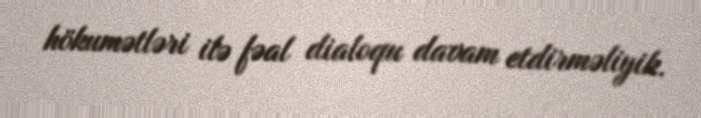
hökumətləri ilə fəal dialoqu davam etdirməliyik.